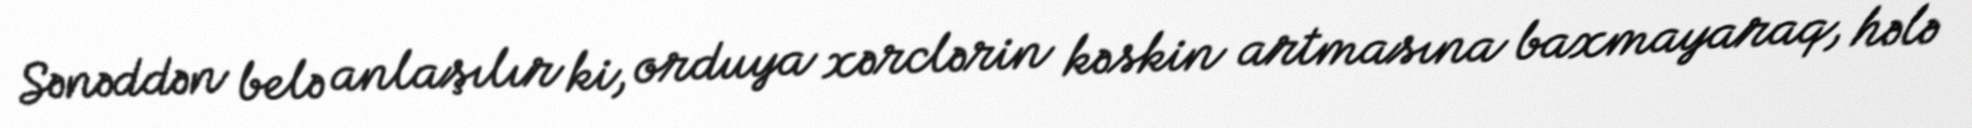
Sənəddən belə anlaşılır ki, orduya xərclərin kəskin artmasına baxmayaraq, hələ